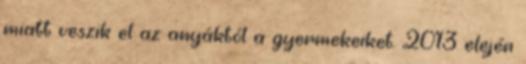
miatt veszik el az anyáktól a gyermekeiket. 2013 elején